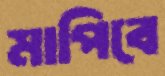
মাপিবে